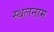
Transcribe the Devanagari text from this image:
स्थलनाम